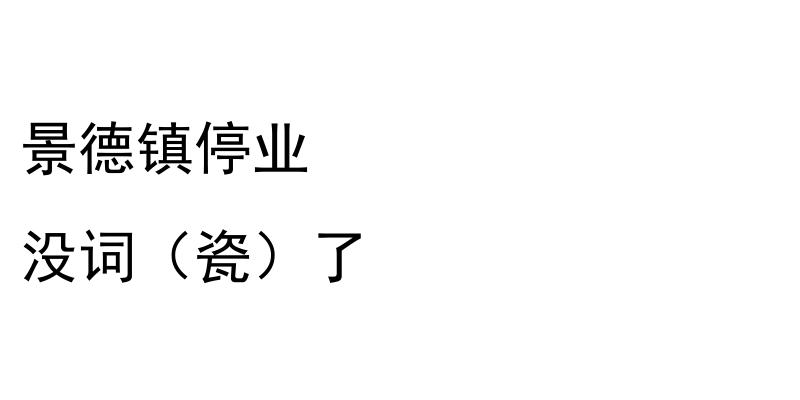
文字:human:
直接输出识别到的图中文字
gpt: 景德镇停业 没词（瓷）了